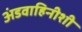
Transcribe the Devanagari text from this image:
अंडवाहिनीशी